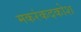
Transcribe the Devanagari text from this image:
मकरंकदकोश